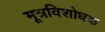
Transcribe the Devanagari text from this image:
मूत्रविशोधक